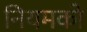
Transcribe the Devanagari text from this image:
नियमको